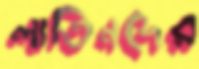
লাতিনদের